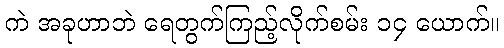
ကဲ အခုဟာဘဲ ရေတွက်ကြည့်လိုက်စမ်း ၁၄ ယောက်။